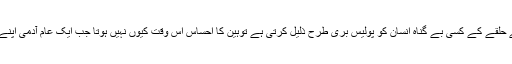
لیکن یہ استحقاق اس وقت مجروح کیوں نہیں ہوتا جب ان کے حلقے کے کسی بے گناہ انسان کو پولیس بری طرح ذلیل کرتی ہے توہین کا احساس اس وقت کیوں نہیں ہوتا جب ایک عام آدمی اپنے جائز کاموں کے لئے سارا دن دفتروں کی خاک چھانتا ہے؟